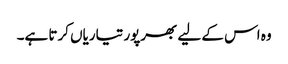
وہ اس کے لیے بھرپور تیاریاں کرتا ہے۔